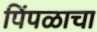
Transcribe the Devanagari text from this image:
पिंपळाचा